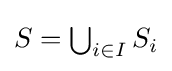
S=\textstyle \bigcup _{i\in I}S_{i}